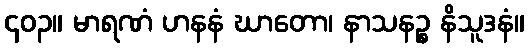
၄၀၃။ မာရဏံ ဟနနံ ဃာတော၊ နာသနဉ္စ နိသူဒနံ။